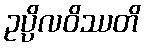
ဥပ္ပိလဝိဿတိ